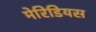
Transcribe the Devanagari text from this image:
मेरिडियस